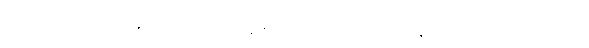
ဆရာမတွေပါ အပ်စ်တစ်ခုကို စပရိန်၏ ခြိမ်းခြောက်ခံရပြီးနောက် သင့်စာအုပ်များကို